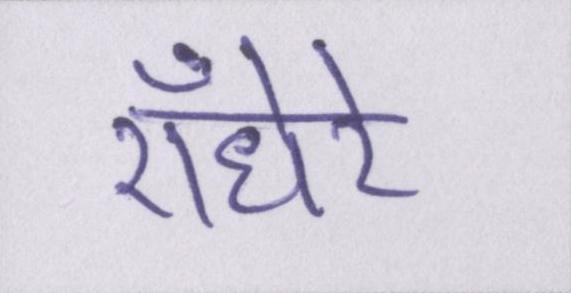
ऍंधेरे